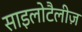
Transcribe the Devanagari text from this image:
साइलोटैलीज़